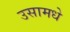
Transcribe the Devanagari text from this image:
उसामधे